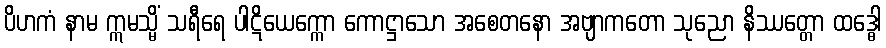
ပိဟကံ နာမ ဣမသ္မိံ သရီရေ ပါဋိယေက္ကော ကောဋ္ဌာသော အစေတနော အဗျာကတော သုညော နိဿတ္တော ထဒ္ဓေါ